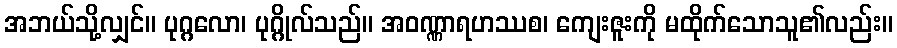
အဘယ်သို့လျှင်။ ပုဂ္ဂလော၊ ပုဂ္ဂိုလ်သည်။ အဝဏ္ဏာရဟဿစ၊ ကျေးဇူးကို မထိုက်သောသူ၏လည်း။